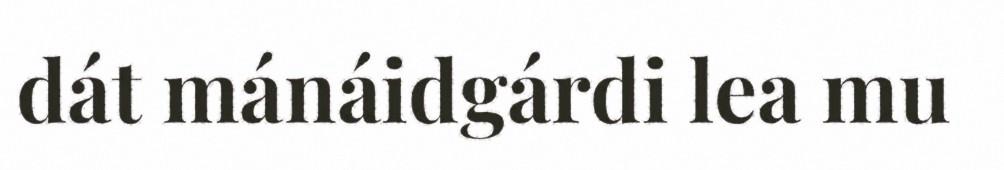
dát mánáidgárdi lea mu